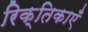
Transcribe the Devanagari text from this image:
रिक्तिकाएँ